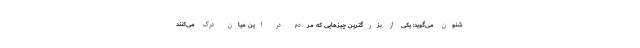
شنون می‌گوید: یکی از بزرگترین چیزهایی که مردم در این میان درک می‌کنند